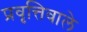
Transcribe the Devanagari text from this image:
प्रवृत्तिवाले